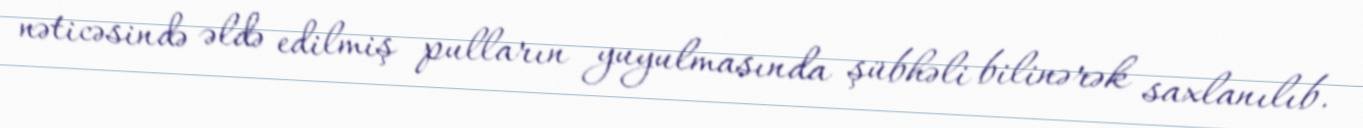
nəticəsində əldə edilmiş pulların yuyulmasında şübhəli bilinərək saxlanılıb.